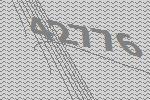
42776